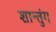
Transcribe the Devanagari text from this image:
शान्तुंग